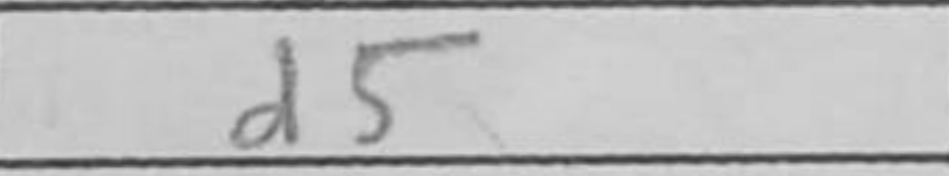
Transcription: d5